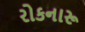
રોકનારૂ